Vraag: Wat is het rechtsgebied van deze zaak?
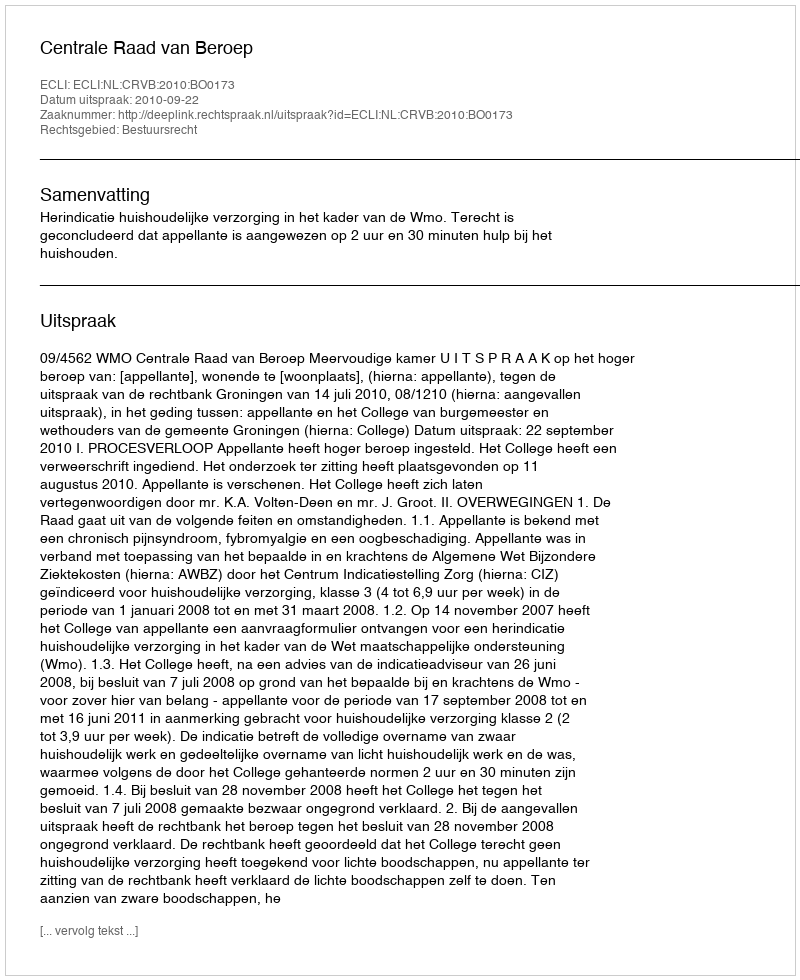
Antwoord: Bestuursrecht